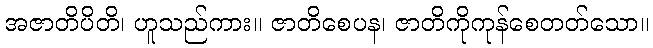
အဇာတိပိတိ၊ ဟူသည်ကား။ ဇာတိစေပန၊ ဇာတိကိုကုန်စေတတ်သော။